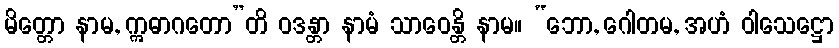
မိတ္တော နာမ, ဣဓာဂတော”တိ ဝဒန္တာ နာမံ သာဝေန္တိ နာမ။ “ဘော, ဂေါတမ, အဟံ ဝါသေဋ္ဌော